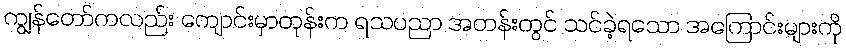
ကျွန်တော်ကလည်း ကျောင်းမှာတုန်းက ရသပညာ အတန်းတွင် သင်ခဲ့ရသော အကြောင်းများကို